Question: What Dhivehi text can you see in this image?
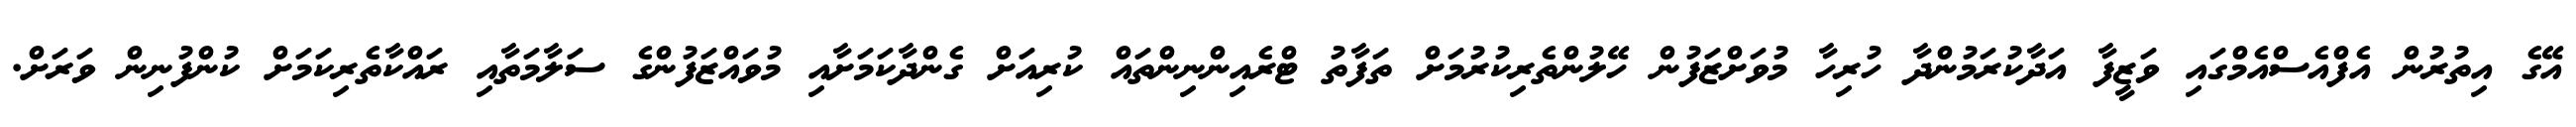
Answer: އޭގެ އިތުރުން އެފްއެސްއެމްގައި ވަޒީފާ އަދާކުރަމުންދާ ހުރިހާ މުވަށްޒަފުން ހޭލުންތެރިކުރުމަށް ތަފާތު ޓްރެއިންނިންތައް ކުރިއަށް ގެންދާކަމަށާއި މުވައްޒަފުންގެ ސަލާމަތާއި ރައްކާތެރިކަމަށް ކުންފުނިން ވަރަށް.